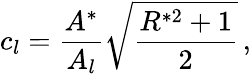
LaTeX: c_{l}=\frac{A^{*}}{A_{l}}\sqrt{\frac{R^{*2}+1}{2}}\, ,